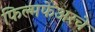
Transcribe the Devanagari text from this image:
फिल्मफेअरचे